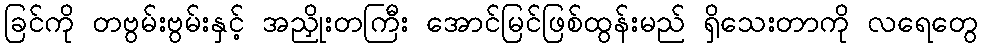
ခြင်ကို တဗွမ်းဗွမ်းနှင့် အညှိုးတကြီး အောင်မြင်ဖြစ်ထွန်းမည် ရှိသေးတာကို လရေတွေ